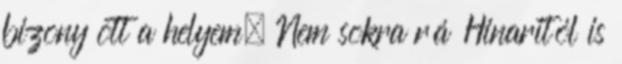
bizony ott a helyem. Nem sokra rá Hinaritól is